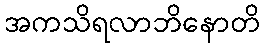
အကသိရလာဘိနောတိ